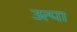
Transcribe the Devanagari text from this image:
उत्पा